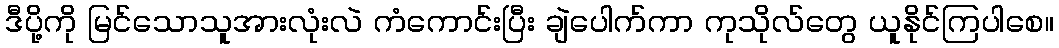
ဒီပို့ကို မြင်သောသူအားလုံးလဲ ကံကောင်းပြီး ချဲပေါက်ကာ ကုသိုလ်တွေ ယူနိုင်ကြပါစေ။